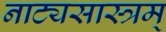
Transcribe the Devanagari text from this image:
नाट्यसास्त्रम्